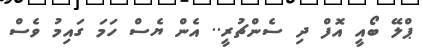
ޕްލޭ ބޯއީ އޮފް ދި ސެންޗުރީ.. އެން ޔެސް ހަމަ ގައިމު ވެސް